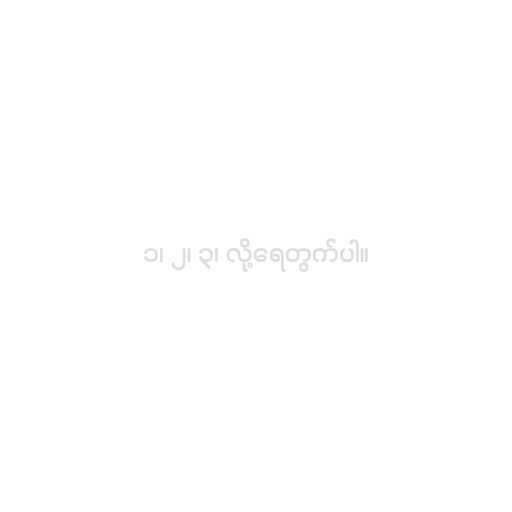
၁၊ ၂၊ ၃၊ လို့ရေတွက်ပါ။